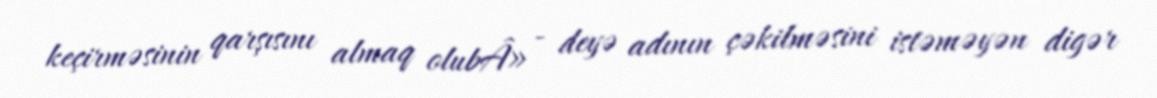
keçirməsinin qarşısını almaq olubÂ» - deyə adının çəkilməsini istəməyən digər